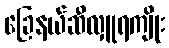
ခြေနယ်ဆီလှူရကျိုး